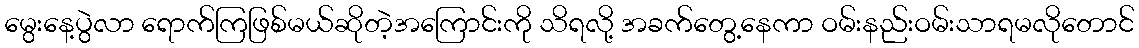
မွေးနေ့ပွဲလာ ရောက်ကြဖြစ်မယ်ဆိုတဲ့အကြောင်းကို သိရလို့ အခက်တွေ့နေကာ ဝမ်းနည်းဝမ်းသာရမလိုတောင်